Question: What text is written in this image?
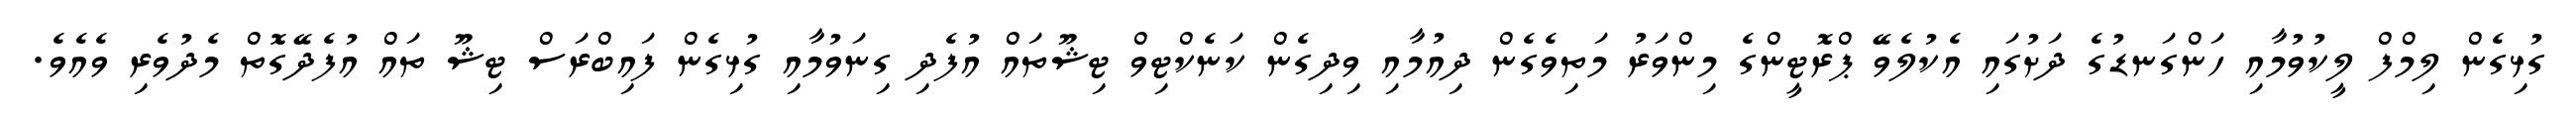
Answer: ގުޅިގެން ލިމްފް ލީކުވުމާއި ހަންގަނޑުގެ ދަށުގައި އެކުލެވޭ ޕްރޮޓީންގެ މިންވަރު މަތިވެގެން ދިއުމާއި ވިދިގެން ކަނެކްޓިވް ޓިޝޫތައް އުފެދި ގިނަވުމާއި ގުޅިގެން ފައިބްރަސް ޓިޝޫ ތައް އުފެދޭގޮތް މެދުވެރި ވެއެވެ.